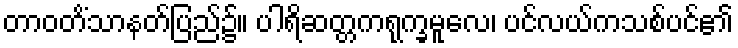
တာဝတိံသာနတ်ပြည်၌။ ပါရိဆတ္တကရုက္ခမူလေ၊ ပင်လယ်ကသစ်ပင်၏